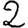
Digit: 2